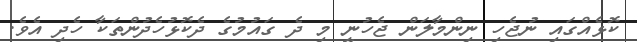
ކޮޅެއްގައި ނުޖެހި ނިންމާލަން ޖެހުނީ މި ދެ ގައުމުގެ ދެކޮޅުހެދުންތަކާ ހެދި އެވެ.